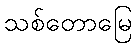
သစ်တောမြေ